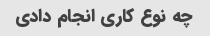
چه نوع کاری انجام دادی